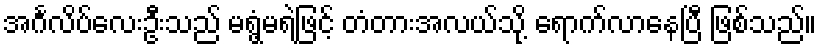
အင်္ဂလိပ်လေးဦးသည် မရွံ့မရဲဖြင့် တံတားအလယ်သို့ ရောက်လာနေပြီ ဖြစ်သည်။